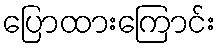
ပြောထားကြောင်း